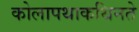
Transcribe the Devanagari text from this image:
कोलापथाकथिनते